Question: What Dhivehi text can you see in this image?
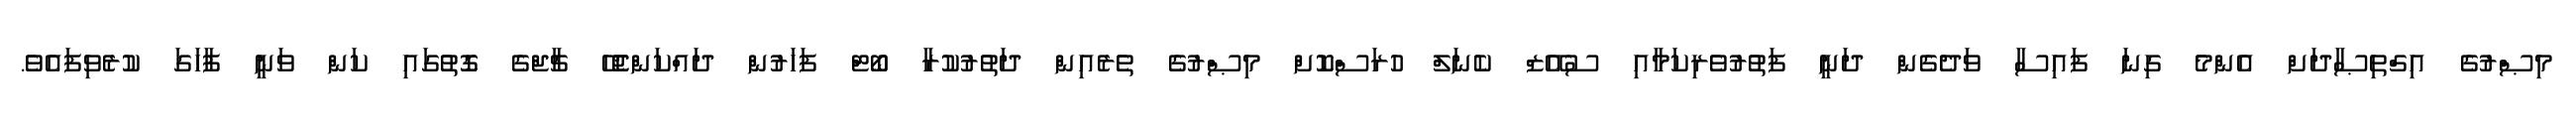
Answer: މިޞްރުގެ އިގްތިޞާދަށް އެންމެ ގިނަ ފައިސާ ވަދެގެން ދަނީ ފަތުރުވެރިކަމާއި ސުއޭޒް ކެނަލް ހުރަސްކޮށް މިޞްރުގެ ތެރެއިން ދަތުރުކުރާ ބޯޓް ފަހަރުން ދައްކަންޖެހޭ ޗާޖްގެ ގޮތުގައި ކަން ވަނީ ފާހަގަ ކުރެވިފައެވެ.